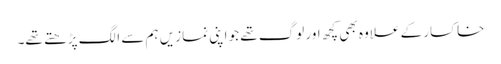
خاکسار کے علاوہ بھی کچھ اور لوگ تھے جو اپنی نمازیں ہم سے الگ پڑھتے تھے۔